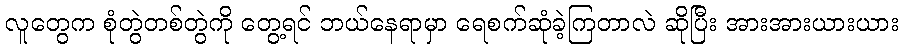
လူတွေက စုံတွဲတစ်တွဲကို တွေ့ရင် ဘယ်နေရာမှာ ရေစက်ဆုံခဲ့ကြတာလဲ ဆိုပြီး အားအားယားယား